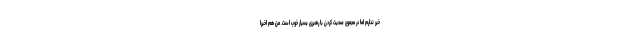
خبر ندارم اما در مجموع صحبت کردن با رهبری بسیار خوب است. من هم اخیرا